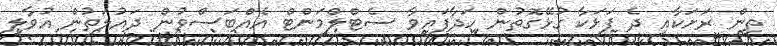
ތިން ރަށަކާއި ދެ ފަޅަކާ ގުޅޭގޮތުން ހަދާފައިވާ ސެޓްލްމަންޓް އެއްބަސްވުން ދައުލަތުން އުވާލި